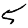
Digit: 5